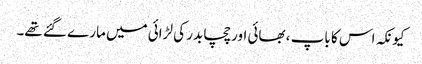
کیونکہ اس کا باپ ، بھائی اور چچا بدر کی لڑائی میں مارے گئے تھے۔